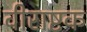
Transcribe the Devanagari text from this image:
वीराष्टक